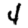
Digit: 4